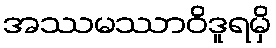
အဿမဿာဝိဒူရမှိ